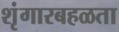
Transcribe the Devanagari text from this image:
शृंगारबहळता